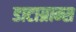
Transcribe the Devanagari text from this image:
डाटाग्राम्स